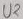
Text: U2